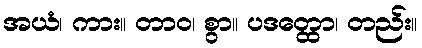
အယံ၊ ကား။ တာဝ၊ စွာ။ ပဒတ္ထော၊ တည်း။